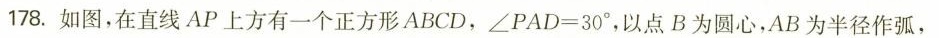
178.如图，在直线AP上方有一个正方形ABCD，$$∠ P A D= 3 0 °$$，以点B为圆心，AB为半径作弧，